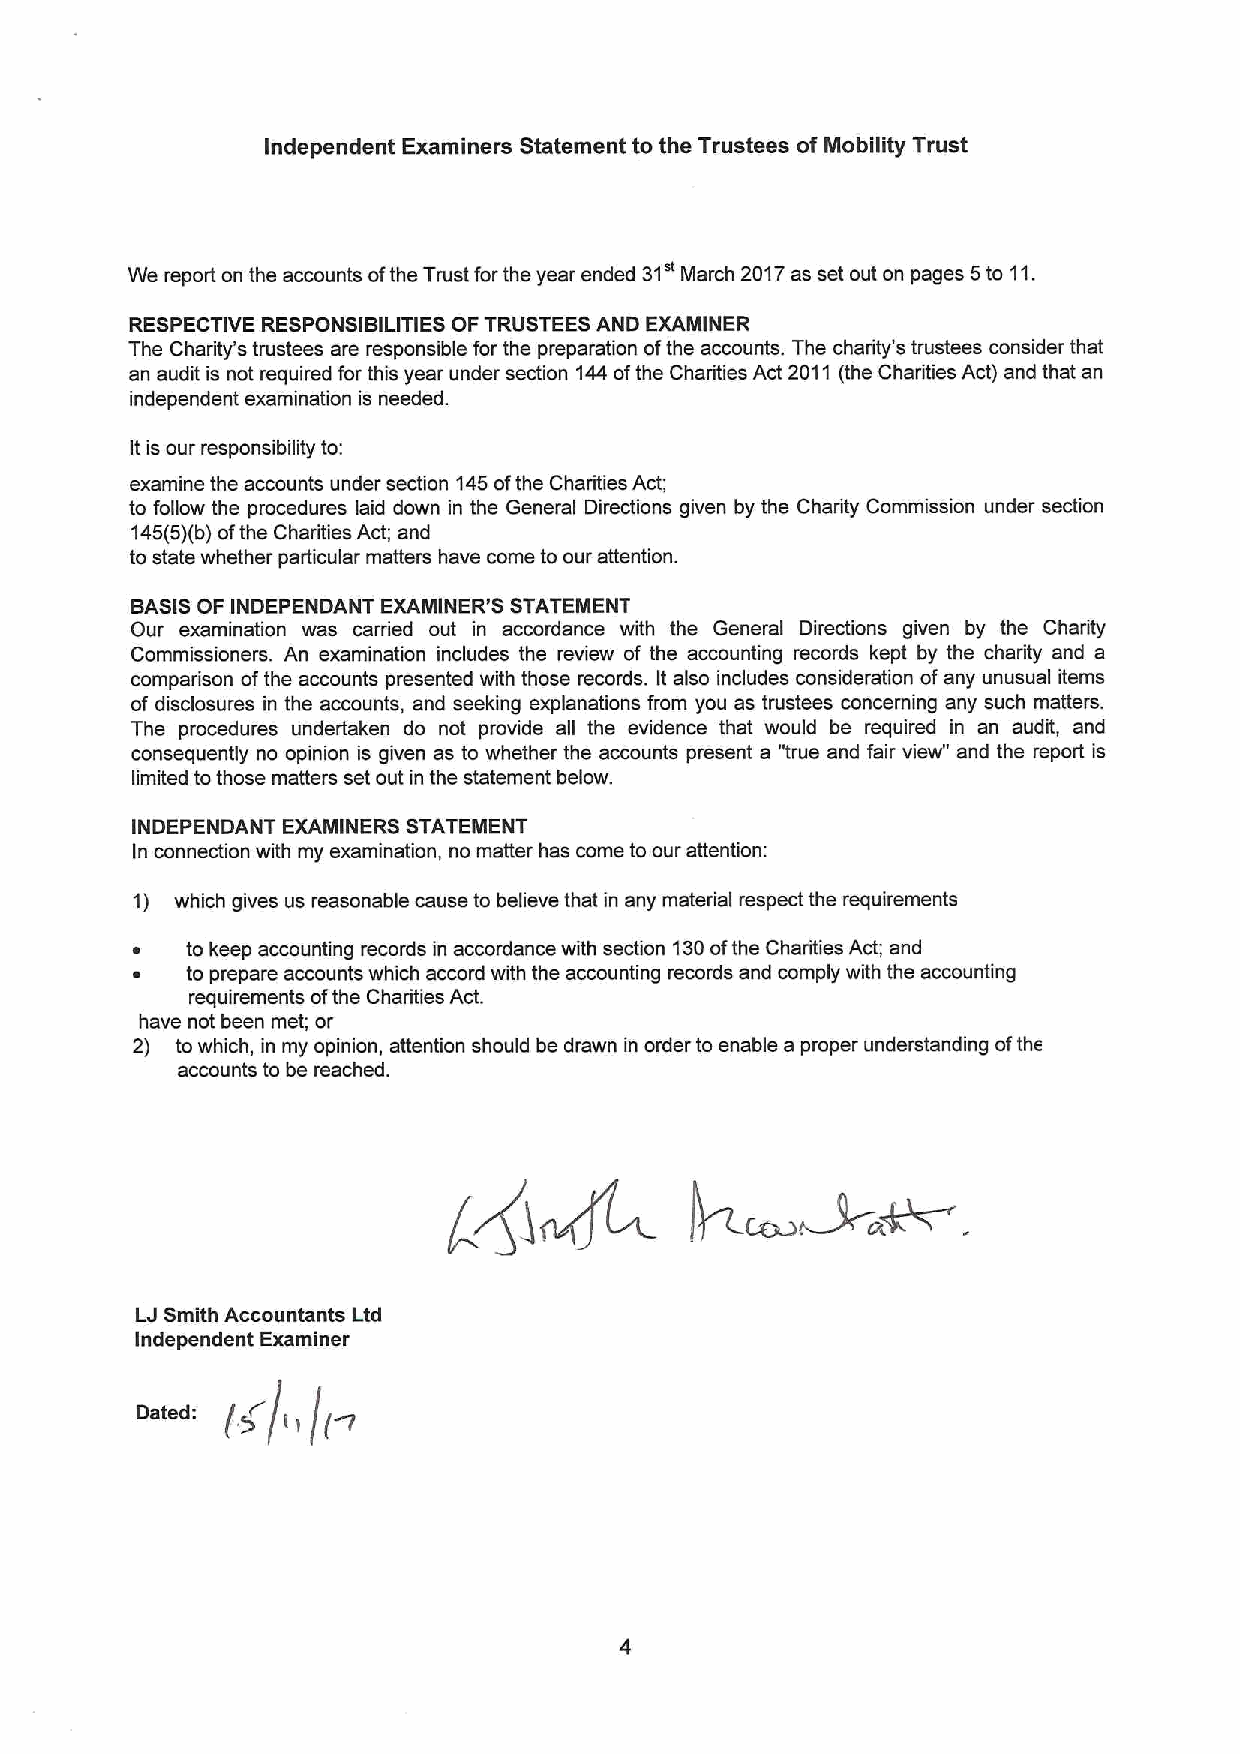
Independent Examiners Statement to the Trustees of Mobility Trust
 We report on the accounts ofthe Trust forthe year ended 31" March 2017as set out on pages 5to 11.
 RESPECTIVE RESPONSIBILITIES OF TRUSTEES AND EXAMINER
 The Chadty's trustees are responsible for the preparation ofthe accounts. The charity's trustees consider that
 an audit is not required for this year under section 144ofthe Charities Act 2011 (the Charities Act) and that an
 independent examination is needed.
 Itis our responsibility to:
 examine the accounts under section 145ofthe Charities Act;
 to follow the procedures laid down in the General Directions given by the Charity Commission under section
 145(5)(b)ofthe Charities Act; and
 to state whether particular matters have come to our attention.
 BASISOF INDEPENDANT EXAMINER'S STATEMENT
 Our examination was carried out in accordance with the General Directions given by the Charity
 Commissioners. An examination includes the review of the accounting records kept by the chadty and a
 comparison ofthe accounts presented with those records. It also includes consideration ofany unusual items
 of disclosures in the accounts, and seeking explanations from you as trustees concerning any such matters.
 The procedures undertaken do not provide all the evidence that would be required in an audit, and
 consequently no opinion is given as to whether the accounts present a "true and fair view" and the report is
 limited tothose matters set out in the statement below.
 INDEPENDANT EXAMINERS STATEMENT
 In connection with my examination, no matter has come to our attention:
 1) which gives us reasonable cause to believe that in any material respect the requirements
 ~  to keep accounting records in accordance with section 130ofthe Charities Act; and
 ~  to prepare accounts which accord with the accounting records and comply with the accounting
 requirements ofthe Charities Act.
 have not been met; or
 2) to which, in my opinion, attention should be drawn in order to enable a proper understanding ofthe
 accounts to be reached.
 LJSmith Accountants Ltd
 Independent Examiner
 0 t d: (~&(( ((~